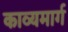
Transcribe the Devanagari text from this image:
काव्यमार्ग